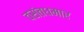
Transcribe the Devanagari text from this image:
वसंतधमार